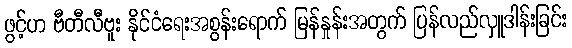
ဖွင့်ဟ ဗီတီလီဗူး နိုင်ငံရေးအစွန်းရောက် မြန်နှုန်းအတွက် ပြန်လည်လှူဒါန်းခြင်း